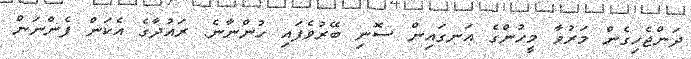
ދަންޖެހިގެން މަރުވާ މީހުންގެ އަނގައިން ސޮނި ބޭރުވެފައި ހުންނާނެ. ރައުދާގެ އެކަން ފެންނަން